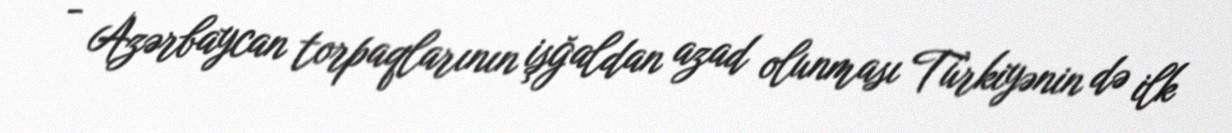
- Azərbaycan torpaqlarının işğaldan azad olunması Türkiyənin də ilk